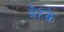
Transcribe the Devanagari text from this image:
बेहके